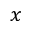
x